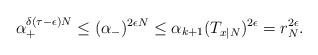
\begin{align*}\alpha_+^{\delta(\tau-\epsilon)N}\leq (\alpha_-)^{2\epsilon N}\leq \alpha_{k+1}(T_{x|N})^{2\epsilon}=r_N^{2\epsilon}.\end{align*}